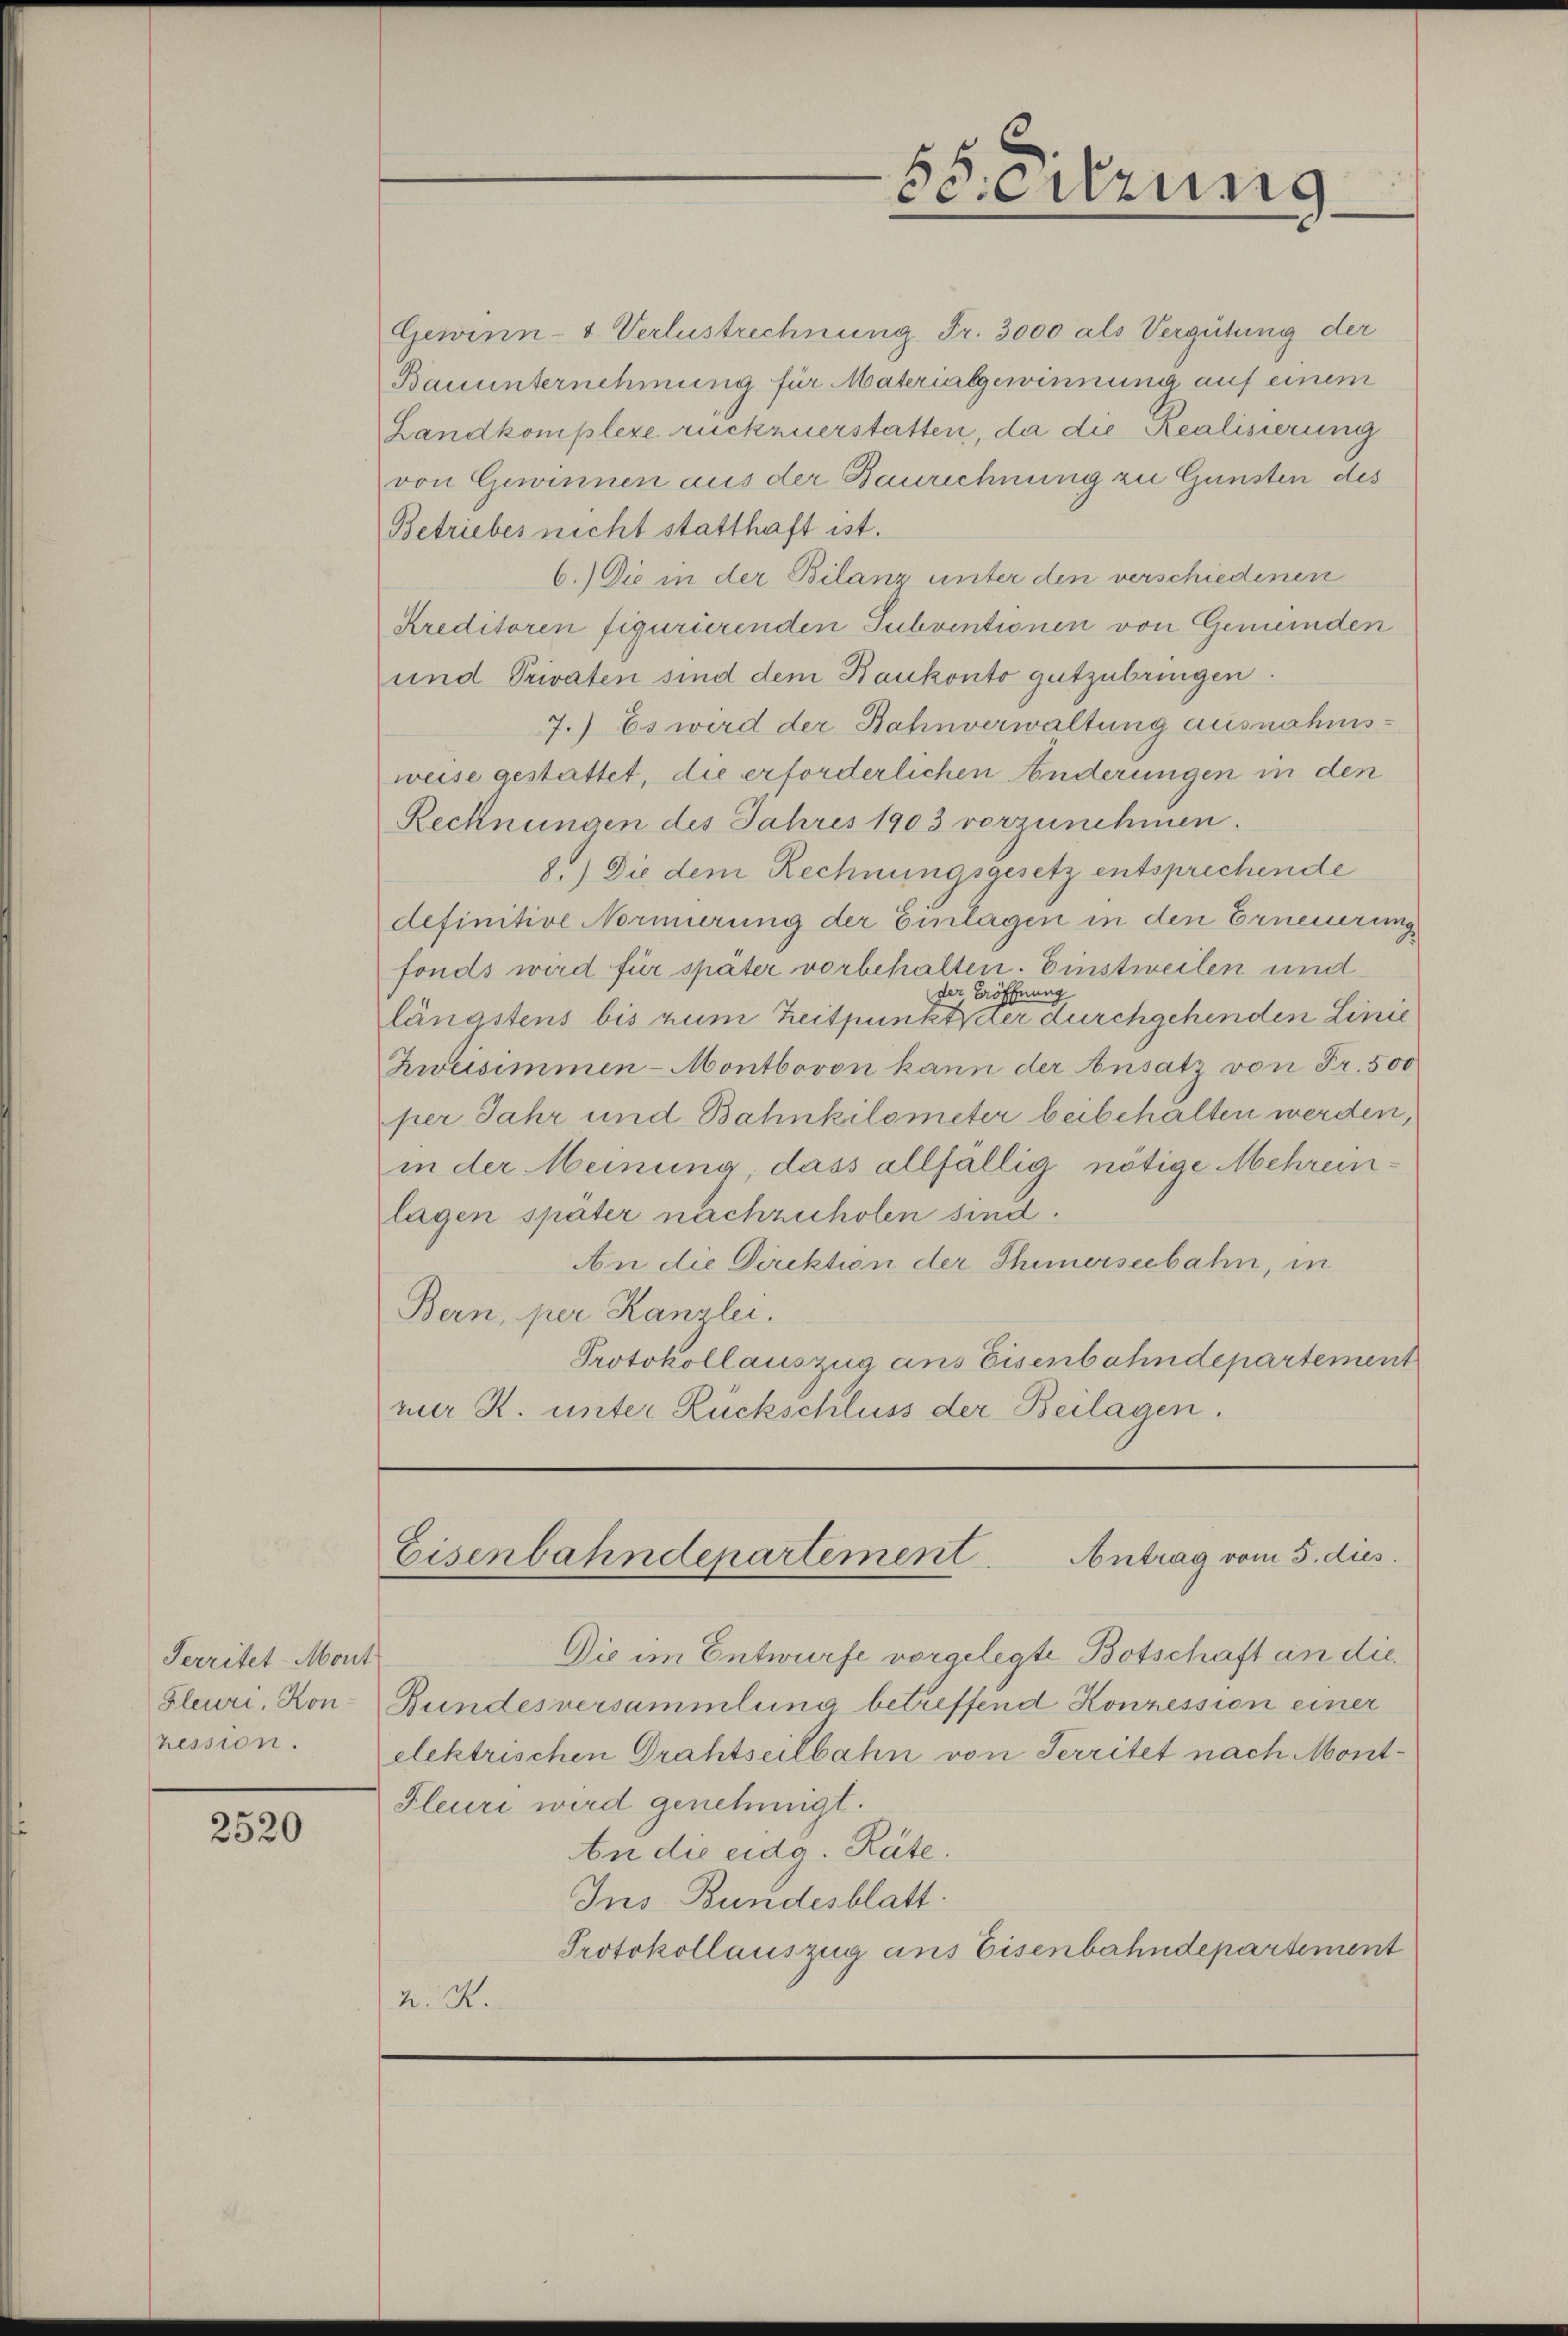
Territet-Mont
Fleuri, Konpession.

2520

Gewinn- Verlustrechnung Fr. 3000 als Vergütung der
Bauunternehmung für Materialgewinnung auf einem
Landkomplexe rückzuerstatten, da die Realisierung
von Gewinnen aus der Baurechnung zu Gunsten des
Betriebes nicht statthaft ist.
6. Die in der Bilanz unter den verschiedenen
Kreditoren figurierenden Subventionen von Gemeinden
und Privaten sind dem Baukonto gutzubringen.
7.) Es wird der Bahnverwaltung ausnahmsweise gestattet, die erforderlichen Änderungen in den
Rechnungen des Jahres 1903 vorzunehmen.
8) Die dem Rechnungsgesetz entsprichende
definitive Normierung der Einlagen in den Erneuerung
fonds wird für später vorbehalten. Einstweilen und
der Eröffnung
längstens bis zum Zeitpunkt der durchgehenden Linie
Zweisimmen - Montbovon kann der Ansatz von Fr. 500
per Jahr und Bahnkilometer beibehalten werden,
in der Meinung, dass allfällig nötige Mehreinlagen später nachzuholen sind.
An die Direktion der Thimerseebahn, in
Bern, per Kanzlei.
Protokollauszug ans Eisenbahndepartement
nur R. unter Ruckschluss der Beilagen.

Die im Entwurfe vorgelegte Botschaft an die¬
Bundesversammlung betreffend Konzession einer
elektrischen Drahtseilbahn von Territet nach Mont¬
Fleuri wird genehmigt.
be die eidg. Räte.
Ins Bundesblatt.
Protokollauszug aus Eisenbahndepartement
A. R.

Heitzung

Antrag vom 5. dies
Eisenbahndepartement.